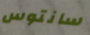
سانتوس